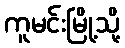
ကူမင်းမြို့သို့